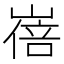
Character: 𡻓